Annual report of the Punjab Veterinary College and of the Civil Veterinary Department, Punjab - 1909-1919
Year: 1909
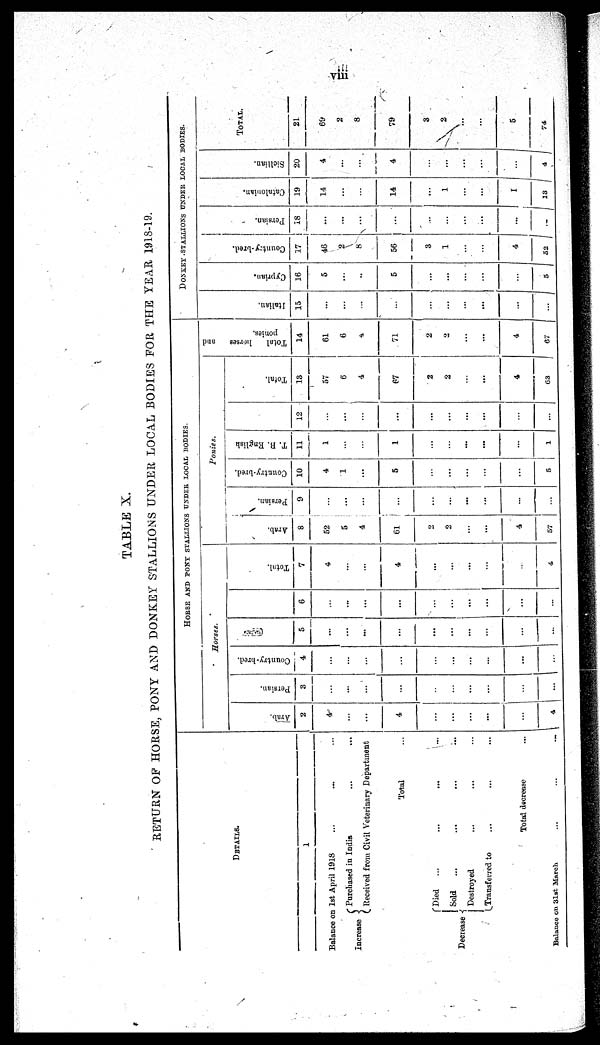
viii
TABLE X.
RETURN OF HORSE, PONY AND DONKEY STALLIONS UNDER LOCAL BODIES FOR THE YEAR 1918-19.
DETAILS.
1
Balance on 1st April 1918
...
... ...
Increase
Purchased in India ... ...
Received from Civil Veterinary Department
Total ...
Decrease
Died
... ... ... ...
Sold ... ... ... ...
Destroyed ... ... ...
Transferred to ... ... ...
Total decrease
...
Balance on 31st March
...
...
...
HORSE AND PONT STALLIONS UNDER LOCAL BODIES.
Horses.
Arab.
2
4
...
...
4
...
...
...
...
...
4
Persian.
3
...
...
...
...
...
...
...
...
...
...
Country-bred.
4
...
...
...
...
...
...
...
...
...
...
5
...
...
...
...
...
...
...
...
...
6
...
...
...
...
...
...
...
...
...
...
Total.
7
4
...
...
4
...
...
...
...
...
4
Ponies.
Arab.
8
52
5
4
61
2
2
...
...
4
57
Persian.
9
...
...
...
...
...
...
...
...
...
...
Country-bred.
10
4
1
...
5
...
...
...
...
...
5
T. B. English
11
1
...
...
1
...
...
...
...
...
1
12
...
...
...
...
...
...
...
...
...
...
Total.
13
57
6
4
67
2
2
...
...
4
63
Total
horses and
ponies.
14
61
6
4
71
2
2
...
...
4
67
DONKEY STALLIONS UNDER LOCAL BODIES.
I t al i an.
15
...
...
...
...
...
...
...
...
...
...
Cypr i
an.
16
5
...
...
5
...
...
...
...
...
5
Count r
y- br e d.
17
46
2
8
56
3
1
...
...
4
52
Per s i
an.
18
...
...
...
...
...
...
...
...
...
...
Cat al oni an.
19
14
...
...
14
...
1
...
...
1
13
Si cl l i an.
20
4
...
...
4
...
...
...
...
...
4
TOTAL.
21
69
2
8
79
3
2
...
...
5
74